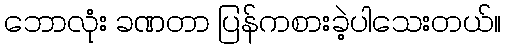
ဘောလုံး ခဏတာ ပြန်ကစားခဲ့ပါသေးတယ်။